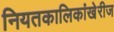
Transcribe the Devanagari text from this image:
नियतकालिकांखेरीज